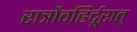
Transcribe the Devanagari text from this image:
रात्रौवह्रिर्दूरात्